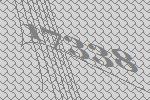
17338